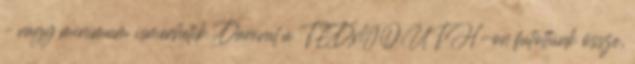
– vagy minimum ismerhetik. Danival a TEDxYOUTH-on futottunk össze,